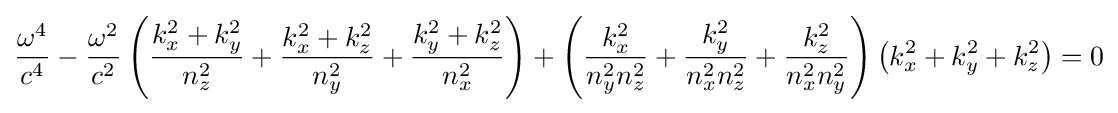
{\frac {\omega ^{4}}{c^{4}}}-{\frac {\omega ^{2}}{c^{2}}}\left({\frac {k_{x}^{2}+k_{y}^{2}}{n_{z}^{2}}}+{\frac {k_{x}^{2}+k_{z}^{2}}{n_{y}^{2}}}+{\frac {k_{y}^{2}+k_{z}^{2}}{n_{x}^{2}}}\right)+\left({\frac {k_{x}^{2}}{n_{y}^{2}n_{z}^{2}}}+{\frac {k_{y}^{2}}{n_{x}^{2}n_{z}^{2}}}+{\frac {k_{z}^{2}}{n_{x}^{2}n_{y}^{2}}}\right)\left(k_{x}^{2}+k_{y}^{2}+k_{z}^{2}\right)=0